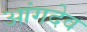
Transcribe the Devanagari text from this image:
आंगदेव